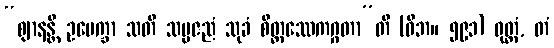
“ဈာနန္တိ ဥပေက္ခာ သတိ သမ္ပဇညံ သုခံ စိတ္တဿေကဂ္ဂတာ”တိ (ဝိဘ။ ၅၉၁) ဝုတ္တံ, တံ